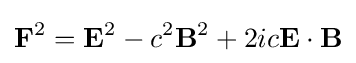
\mathbf {F} ^{2}=\mathbf {E} ^{2}-c^{2}\mathbf {B} ^{2}+2ic\mathbf {E} \cdot \mathbf {B}